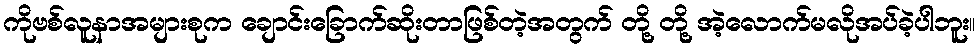
ကိုဗစ်လူနာအများစုက ချောင်းခြောက်ဆိုးတာဖြစ်တဲ့အတွက် တို့ တို့ အဲ့လောက်မလိုအပ်ခဲ့ပါဘူး။